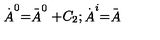
\stackrel { . } { A } ^ { 0 } = \stackrel { \_ } { A } ^ { 0 } + C _ { 2 } ; \stackrel { . } { A } ^ { i } = \stackrel { \_ } { A }